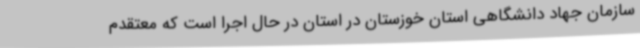
سازمان جهاد دانشگاهی استان خوزستان در استان در حال اجرا است که معتقدم